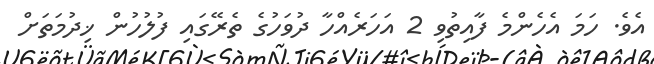
އެވެ. ހަމަ އެހެންމެ ފާއިތުވި 2 އަހަރެއްހާ ދުވަހުގެ ތެރޭގައި ފުލުހުން ޚިދުމަތަށް